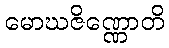
မောဃဇိဏ္ဏောတိ